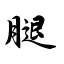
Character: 腿